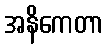
အနိကေတာ